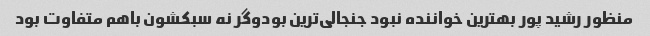
منظور رشید پور بهترین خواننده نبود جنجالی‌ترین بودوگر نه سبکشون باهم متفاوت بود